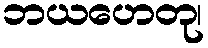
ဘယဟေတု၊